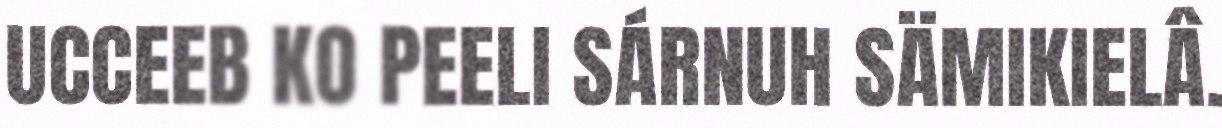
UCCEEB KO PEELI SÁRNUH SÄMIKIELÂ.